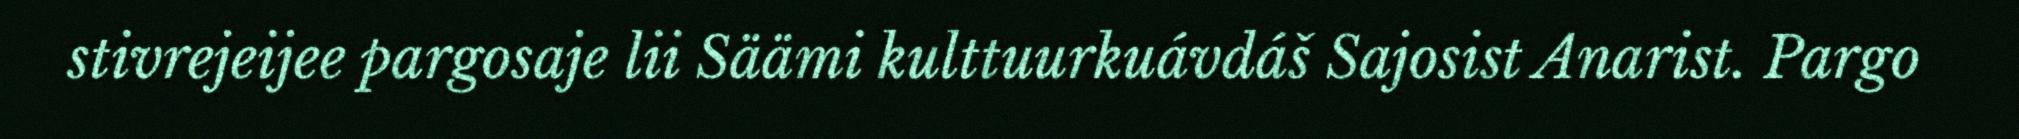
stivrejeijee pargosaje lii Säämi kulttuurkuávdáš Sajosist Anarist. Pargo